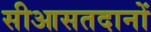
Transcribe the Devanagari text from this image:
सीआसतदानों